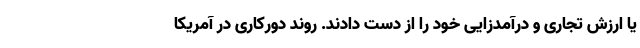
یا ارزش تجاری و درآمدزایی خود را از دست دادند. روند دورکاری در آمریکا